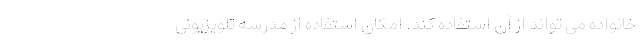
خانواده می تواند از آن استفاده کند. امکان استفاده از مدرسه تلویزیونی